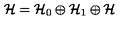
\mathcal { H } = \mathcal { H } _ { 0 } \oplus \mathcal { H } _ { 1 } \oplus \mathcal { H }